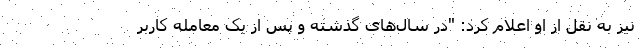
نیز به نقل از او اعلام کرد: "در سال‌های گذشته و پس از یک معامله کاربر